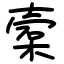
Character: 槖